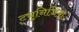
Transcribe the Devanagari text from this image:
ट्युनिज़िया